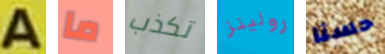
A ما تكذب رولينز حسنا